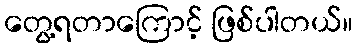
တွေ့ရတာကြောင့် ဖြစ်ပါတယ်။